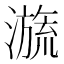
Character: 𣽩